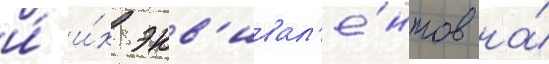
и́ и́х экв'ивал'е́нтов на́